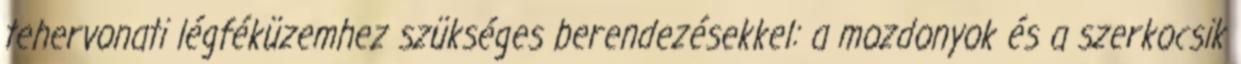
tehervonati légféküzemhez szükséges berendezésekkel: a mozdonyok és a szerkocsik